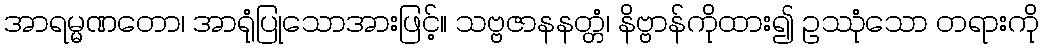
အာရမ္မဏတော၊ အာရုံပြုသောအားဖြင့်။ သဗ္ဗဇာနနတ္တံ၊ နိဗ္ဗာန်ကိုထား၍ ဥဿုံသော တရားကို